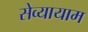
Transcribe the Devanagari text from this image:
सेव्यायाम